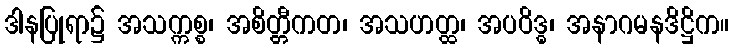
ဒါနပြုရာ၌ အသက္ကစ္စ၊ အစိတ္တီကတ၊ အသဟတ္ထ၊ အပဝိဒ္ဓ၊ အနာဂမနဒိဋ္ဌိက။